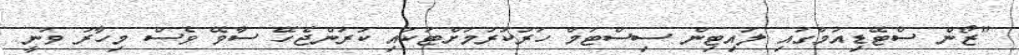
"ޒޯން ސްޓޭޑިއަމްގައި ލައިޓިން ސިސްޓަމް ހަރުކުރުމަށްޓަކައި ކުރަންޖެހޭ ސާވޭ ވެސް މިހާރު ވަނީ